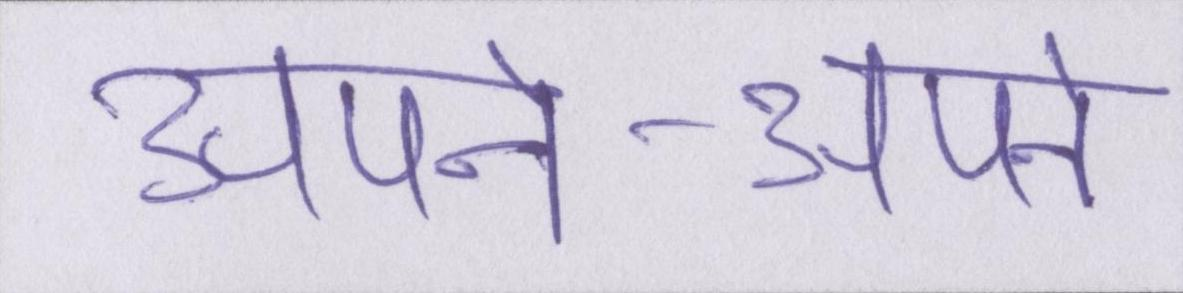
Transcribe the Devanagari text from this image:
अपने-अपने